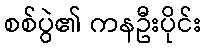
စစ်ပွဲ၏ ကနဦးပိုင်း